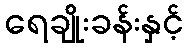
ရေချိုးခန်းနှင့်